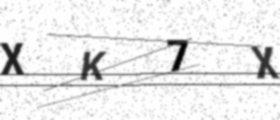
Text: XK7X